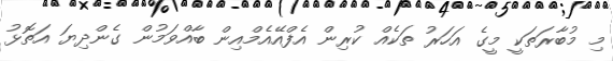
މި މުބާރަތަކީ މީގެ އަހަރު ތަކެއް ކުރިން އެފްއޭއެމްއިން ބާއްވަމުން ގެންދިޔަ އަތޮޅު